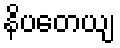
နိပတေယျ